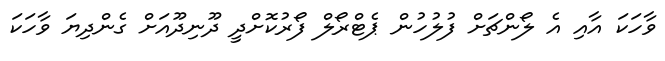
ވާހަކަ އާއި އެ ލޯންޗަށް ފުލުހުން ޕެޓްރޯލް ފޯރުކޮށްދީ ދޫނިދޫއަށް ގެންދިޔަ ވާހަކަ